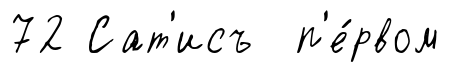
72 Сат'исъ п'е́рвом